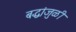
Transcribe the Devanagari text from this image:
बद्धांजुळी